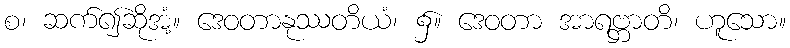
စ၊ ဆက်၍ဆိုအံ့။ ဒေဝတာနုဿတိယံ၊ ၌။ ဒေဝတာ အာရဗ္ဘာတိ၊ ဟူသော။